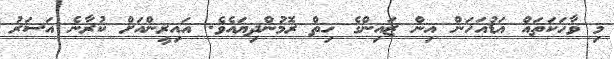
މި ވާހަކަތައް އަޑުއަހަން އިން ޒައިންގެ ހިތް ރޮމުންދިޔައެވެ. އައިރީންއަށް ކުރާނެ އަސަރު